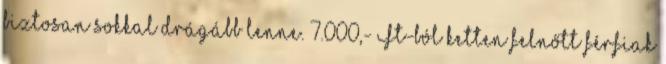
biztosan sokkal drágább lenne. 7.000,- Ft-ból ketten felnőtt férfiak